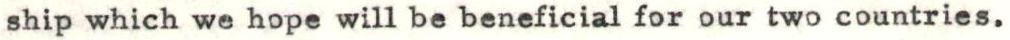
ship which we hope will be beneficial for our two countries.